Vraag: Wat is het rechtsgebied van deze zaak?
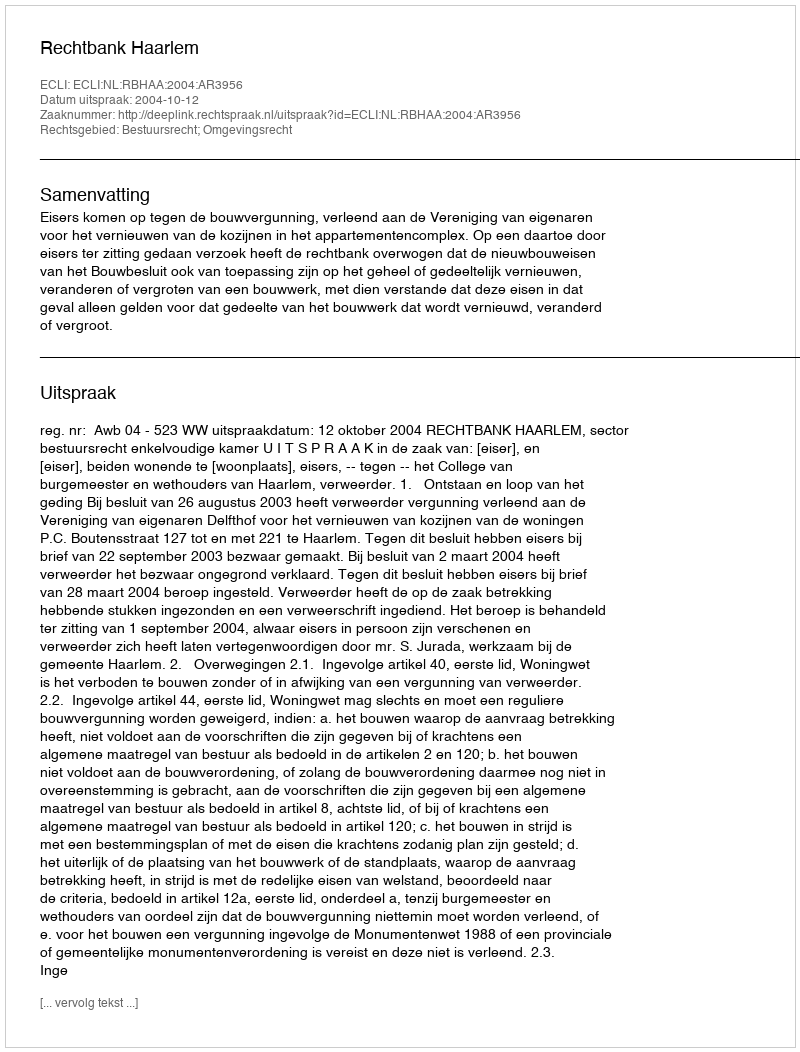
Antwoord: Bestuursrecht; Omgevingsrecht